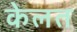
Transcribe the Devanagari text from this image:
केलत